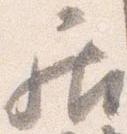
居